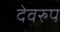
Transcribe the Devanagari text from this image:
देवरुप